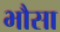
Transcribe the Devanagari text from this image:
भौसा